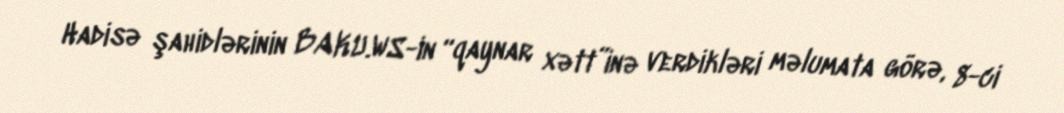
Hadisə şahidlərinin BAKU.WS-in “qaynar xətt”inə verdikləri məlumata görə, 8-ci